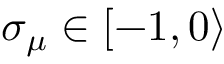
{ \sigma } _ { \mu } \in [ - 1 , 0 \rangle